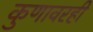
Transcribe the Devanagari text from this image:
कुणावरही